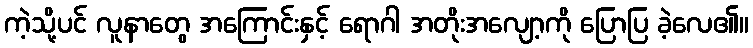
ကဲ့သို့ပင် လူနာတွေ အကြောင်းနှင့် ရောဂါ အတိုးအလျော့ကို ပြောပြ ခဲ့လေ၏။